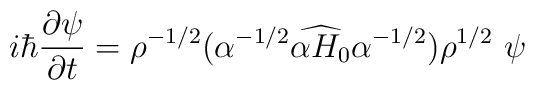
i\hbar \frac{\partial \psi}{\partial t}      ={\rho}^{-1/2}(\alpha ^{-1/2}\widehat{\alpha H_0 }\alpha^{-1/2})       {\rho}^{1/2} \  \psi